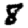
Digit: 8